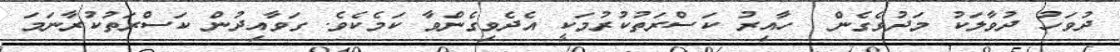
ދުވަހު ދުވާލަކު މަދުވެގެން  ހާއިރު ކަސްރަތުކުރުމަކީ އެދެވިގެންވާ ކަމެކެވެ. ގަވާއިދުން ކަސްރަތުކުރާނަމަ